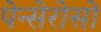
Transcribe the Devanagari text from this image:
पेन्सेरोसो